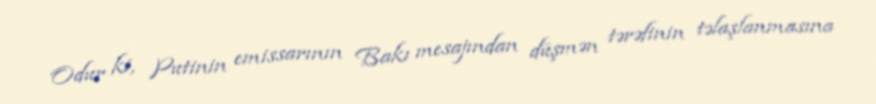
Odur ki, Putinin emissarının Bakı mesajından düşmən tərəfinin təlaşlanmasına